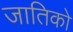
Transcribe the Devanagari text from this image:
जातिको